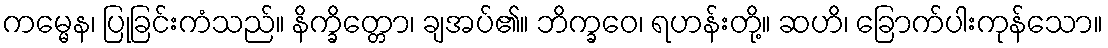
ကမ္မေန၊ ပြုခြင်းကံသည်။ နိက္ခိတ္တော၊ ချအပ်၏။ ဘိက္ခဝေ၊ ရဟန်းတို့။ ဆဟိ၊ ခြောက်ပါးကုန်သော။